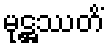
မုဋ္ဌဿတိံ